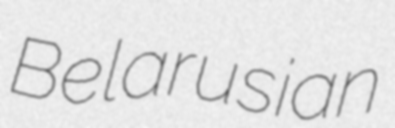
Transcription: Belarusian